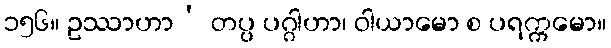
၁၅၆။ ဥဿာဟာ’ တပ္ပ ပဂ္ဂါဟာ၊ ဝါယာမော စ ပရက္ကမော။